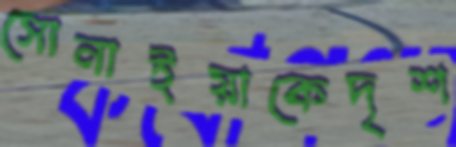
সোনাইয়াকেদৃশ